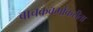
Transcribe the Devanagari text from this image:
वाचकवर्गाकरीता